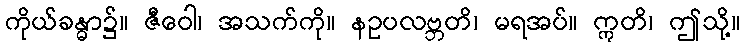
ကိုယ်ခန္ဓာ၌။ ဇီဝေါ၊ အသက်ကို။ နဥပလဗ္ဘတိ၊ မရအပ်။ ဣတိ၊ ဤသို့။